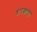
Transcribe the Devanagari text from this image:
धारकाटा